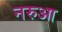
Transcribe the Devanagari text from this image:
नरुआ